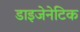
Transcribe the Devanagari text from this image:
डाइजेनेटिक